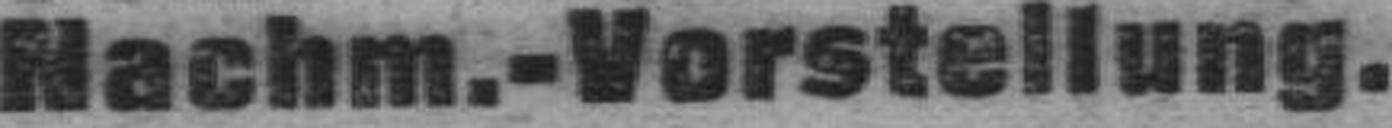
Nachm.-Vorstellung.